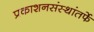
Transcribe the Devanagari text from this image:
प्रकाशनसंस्थांतर्फे